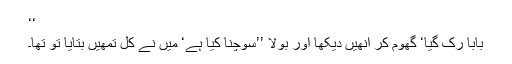
‘‘
بابا رک گیا‘ گھوم کر انھیں دیکھا اور بولا ’’سوچنا کیا ہے‘ میں نے کل تمھیں بتایا تو تھا۔